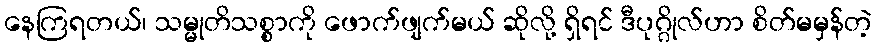
နေကြရတယ်၊ သမ္မုတိသစ္စာကို ဖောက်ဖျက်မယ် ဆိုလို့ ရှိရင် ဒီပုဂ္ဂိုလ်ဟာ စိတ်မမှန်တဲ့